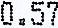
0.57